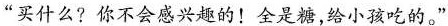
“买什么?你不会感兴趣的!全是糖，给小孩吃的。"